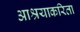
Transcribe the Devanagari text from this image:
आश्रयाकरिता